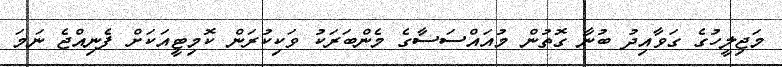
މަޖިލީހުގެ ގަވާއިދު ބުނާ ގޮތުން މުއައްސަސާގެ މެންބަރަކު ވަކިކުރަން ކޮމިޓީއަކަށް ފެނިއްޖެ ނަމަ